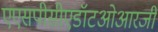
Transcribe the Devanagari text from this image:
एएसपीसीएडॉटओआरजी